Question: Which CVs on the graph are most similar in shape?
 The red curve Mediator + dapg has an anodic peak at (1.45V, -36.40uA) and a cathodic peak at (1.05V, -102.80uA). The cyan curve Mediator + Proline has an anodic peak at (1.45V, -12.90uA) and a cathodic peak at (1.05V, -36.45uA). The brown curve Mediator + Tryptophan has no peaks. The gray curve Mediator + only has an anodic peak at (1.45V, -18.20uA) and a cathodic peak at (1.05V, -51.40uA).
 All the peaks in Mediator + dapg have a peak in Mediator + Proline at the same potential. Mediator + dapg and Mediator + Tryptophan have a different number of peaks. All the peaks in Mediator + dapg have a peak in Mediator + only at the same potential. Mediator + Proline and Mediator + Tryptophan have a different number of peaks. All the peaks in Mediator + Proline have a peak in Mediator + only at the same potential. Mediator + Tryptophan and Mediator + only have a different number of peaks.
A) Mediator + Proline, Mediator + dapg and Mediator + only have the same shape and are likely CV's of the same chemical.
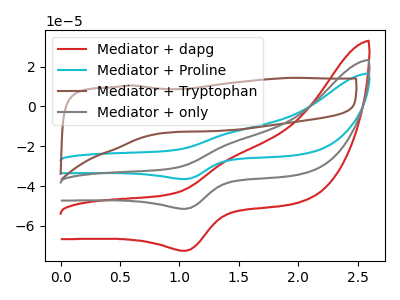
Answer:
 <answer>A) "Mediator + Proline", "Mediator + dapg" and "Mediator + only" have the same shape and are likely CV's of the same chemical.</answer>
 <eval>A</eval>